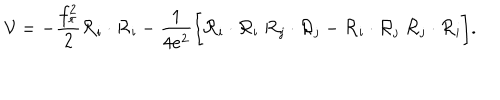
LaTeX: { \cal V } = - { \frac { f _ { \pi } ^ { 2 } } { 2 } } { \cal R } _ { \mathrm { i } } \cdot { \cal R } _ { \mathrm { i } } - { \frac { 1 } { 4 e ^ { 2 } } } \biggl [ { \cal R } _ { \mathrm { i } } \cdot { \cal R } _ { \mathrm { i } } \; { \cal R } _ { \mathrm { j } } \cdot { \cal R } _ { \mathrm { j } } - { \cal R } _ { \mathrm { i } } \cdot { \cal R } _ { \mathrm { j } } \; { \cal R } _ { \mathrm { j } } \cdot { \cal R } _ { \mathrm { i } } \biggr ] .